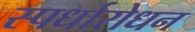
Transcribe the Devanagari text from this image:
स्पर्धारोधन